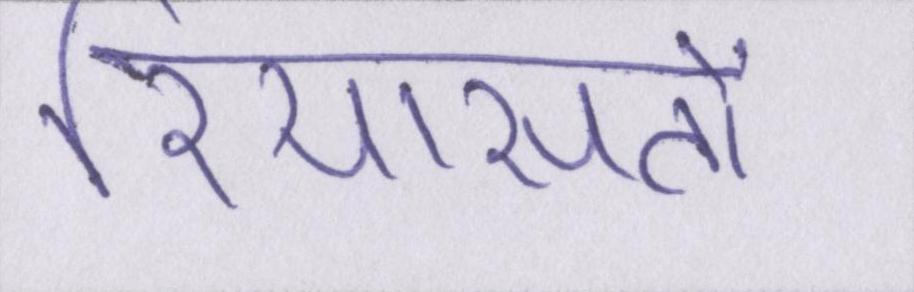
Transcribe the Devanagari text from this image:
रियासतों